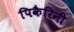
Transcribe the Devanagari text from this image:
पिकैरिनी